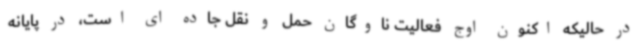
در حالیکه اکنون اوج فعالیت ناوگان حمل و نقل جاده ای است، در پایانه